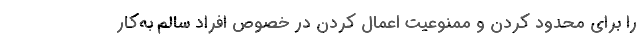
را برای محدود کردن و ممنوعیت اعمال کردن در خصوص افراد سالم به‌کار